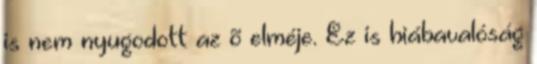
is nem nyugodott az õ elméje. Ez is hiábavalóság